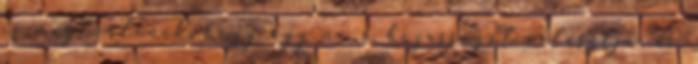
is megtörténik, hogy egy nő a házasságot választja, de